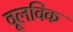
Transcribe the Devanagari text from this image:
वूलविक